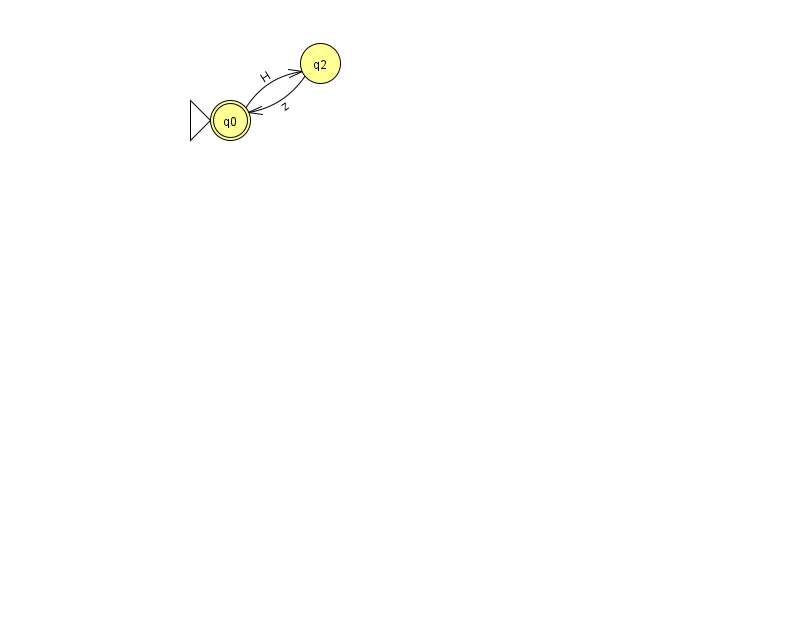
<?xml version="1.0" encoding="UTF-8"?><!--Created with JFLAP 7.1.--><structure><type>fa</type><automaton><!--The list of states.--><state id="0" name="q0"><x>230.0</x><y>107.0</y><initial/><final/></state><state id="2" name="q2"><x>320.0</x><y>50.0</y></state><!--The list of transitions.--><transition><from>2</from><to>0</to><read>z</read></transition><transition><from>0</from><to>2</to><read>H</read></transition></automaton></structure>